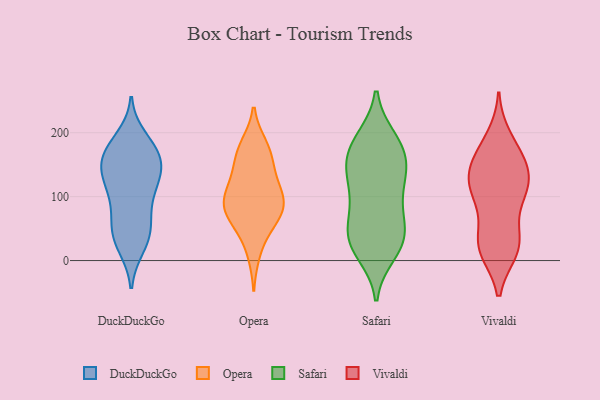
{"axis": {"x": "Satisfaction Score", "y": "Value"}, "legend": ["DuckDuckGo", "Opera", "Safari", "Vivaldi"], "data": [{"x": "", "y": 41, "type": "DuckDuckGo"}, {"x": "", "y": 22, "type": "DuckDuckGo"}, {"x": "", "y": 171, "type": "DuckDuckGo"}, {"x": "", "y": 112, "type": "DuckDuckGo"}, {"x": "", "y": 135, "type": "DuckDuckGo"}, {"x": "", "y": 176, "type": "DuckDuckGo"}, {"x": "", "y": 167, "type": "DuckDuckGo"}, {"x": "", "y": 94, "type": "DuckDuckGo"}, {"x": "", "y": 110, "type": "DuckDuckGo"}, {"x": "", "y": 59, "type": "DuckDuckGo"}, {"x": "", "y": 124, "type": "DuckDuckGo"}, {"x": "", "y": 64, "type": "DuckDuckGo"}, {"x": "", "y": 151, "type": "DuckDuckGo"}, {"x": "", "y": 45, "type": "DuckDuckGo"}, {"x": "", "y": 27, "type": "DuckDuckGo"}, {"x": "", "y": 150, "type": "DuckDuckGo"}, {"x": "", "y": 139, "type": "DuckDuckGo"}, {"x": "", "y": 191, "type": "DuckDuckGo"}, {"x": "", "y": 169, "type": "DuckDuckGo"}, {"x": "", "y": 79, "type": "Opera"}, {"x": "", "y": 146, "type": "Opera"}, {"x": "", "y": 95, "type": "Opera"}, {"x": "", "y": 98, "type": "Opera"}, {"x": "", "y": 82, "type": "Opera"}, {"x": "", "y": 117, "type": "Opera"}, {"x": "", "y": 58, "type": "Opera"}, {"x": "", "y": 13, "type": "Opera"}, {"x": "", "y": 173, "type": "Opera"}, {"x": "", "y": 179, "type": "Opera"}, {"x": "", "y": 164, "type": "Opera"}, {"x": "", "y": 59, "type": "Opera"}, {"x": "", "y": 83, "type": "Opera"}, {"x": "", "y": 119, "type": "Opera"}, {"x": "", "y": 122, "type": "Safari"}, {"x": "", "y": 154, "type": "Safari"}, {"x": "", "y": 190, "type": "Safari"}, {"x": "", "y": 66, "type": "Safari"}, {"x": "", "y": 35, "type": "Safari"}, {"x": "", "y": 176, "type": "Safari"}, {"x": "", "y": 189, "type": "Safari"}, {"x": "", "y": 93, "type": "Safari"}, {"x": "", "y": 149, "type": "Safari"}, {"x": "", "y": 172, "type": "Safari"}, {"x": "", "y": 12, "type": "Safari"}, {"x": "", "y": 23, "type": "Safari"}, {"x": "", "y": 32, "type": "Safari"}, {"x": "", "y": 139, "type": "Safari"}, {"x": "", "y": 31, "type": "Safari"}, {"x": "", "y": 46, "type": "Safari"}, {"x": "", "y": 84, "type": "Safari"}, {"x": "", "y": 125, "type": "Safari"}, {"x": "", "y": 18, "type": "Vivaldi"}, {"x": "", "y": 118, "type": "Vivaldi"}, {"x": "", "y": 129, "type": "Vivaldi"}, {"x": "", "y": 179, "type": "Vivaldi"}, {"x": "", "y": 106, "type": "Vivaldi"}, {"x": "", "y": 16, "type": "Vivaldi"}, {"x": "", "y": 113, "type": "Vivaldi"}, {"x": "", "y": 26, "type": "Vivaldi"}, {"x": "", "y": 94, "type": "Vivaldi"}, {"x": "", "y": 149, "type": "Vivaldi"}, {"x": "", "y": 155, "type": "Vivaldi"}, {"x": "", "y": 104, "type": "Vivaldi"}, {"x": "", "y": 30, "type": "Vivaldi"}, {"x": "", "y": 16, "type": "Vivaldi"}, {"x": "", "y": 137, "type": "Vivaldi"}, {"x": "", "y": 158, "type": "Vivaldi"}, {"x": "", "y": 192, "type": "Vivaldi"}, {"x": "", "y": 45, "type": "Vivaldi"}]}